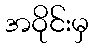
အဝိုင်းမှ